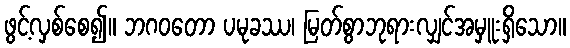
ဖွင့်လှစ်စေ၍။ ဘဂဝတော ပမုခဿ၊ မြတ်စွာဘုရားလျှင်အမှူးရှိသော။